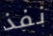
نفذ